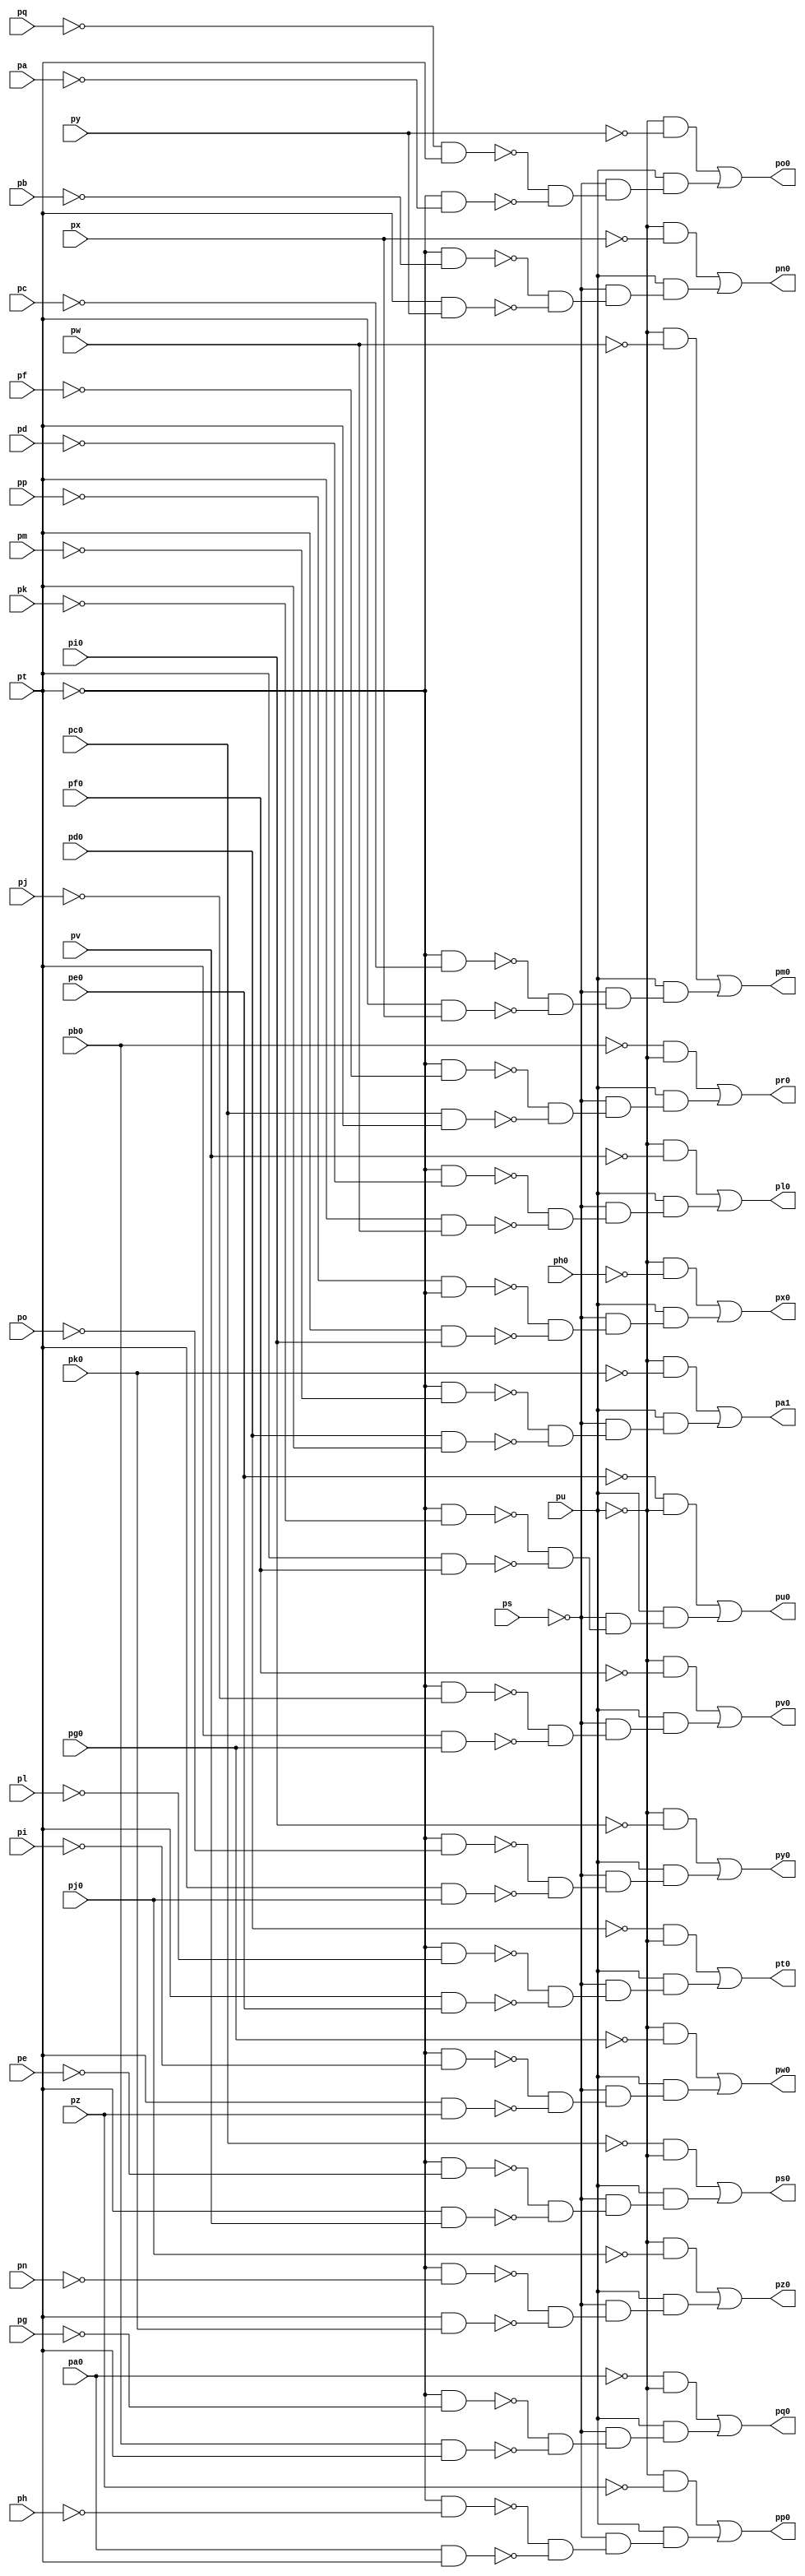
module top ( 
    pp, pa0, pq, pb0, pc0, ps, pd0, pt, pe0, pu, pf0, pv, pg0, pw, ph0, px,
    pi0, py, pj0, pz, pk0, pa, pb, pc, pd, pe, pf, pg, ph, pi, pj, pk, pl,
    pm, pn, po,
    pa1, pl0, pm0, pn0, po0, pp0, pq0, pr0, ps0, pt0, pu0, pv0, pw0, px0,
    py0, pz0  );
  input  pp, pa0, pq, pb0, pc0, ps, pd0, pt, pe0, pu, pf0, pv, pg0, pw,
    ph0, px, pi0, py, pj0, pz, pk0, pa, pb, pc, pd, pe, pf, pg, ph, pi, pj,
    pk, pl, pm, pn, po;
  output pa1, pl0, pm0, pn0, po0, pp0, pq0, pr0, ps0, pt0, pu0, pv0, pw0, px0,
    py0, pz0;
  wire new_n53_, new_n54_, new_n55_, new_n56_, new_n57_, new_n58_, new_n60_,
    new_n61_, new_n62_, new_n63_, new_n64_, new_n65_, new_n67_, new_n68_,
    new_n69_, new_n70_, new_n71_, new_n72_, new_n74_, new_n75_, new_n76_,
    new_n77_, new_n78_, new_n79_, new_n81_, new_n82_, new_n83_, new_n84_,
    new_n85_, new_n86_, new_n88_, new_n89_, new_n90_, new_n91_, new_n92_,
    new_n93_, new_n95_, new_n96_, new_n97_, new_n98_, new_n99_, new_n100_,
    new_n102_, new_n103_, new_n104_, new_n105_, new_n106_, new_n107_,
    new_n109_, new_n110_, new_n111_, new_n112_, new_n113_, new_n114_,
    new_n116_, new_n117_, new_n118_, new_n119_, new_n120_, new_n121_,
    new_n123_, new_n124_, new_n125_, new_n126_, new_n127_, new_n128_,
    new_n130_, new_n131_, new_n132_, new_n133_, new_n134_, new_n135_,
    new_n137_, new_n138_, new_n139_, new_n140_, new_n141_, new_n142_,
    new_n144_, new_n145_, new_n146_, new_n147_, new_n148_, new_n149_,
    new_n151_, new_n152_, new_n153_, new_n154_, new_n155_, new_n156_,
    new_n158_, new_n159_, new_n160_, new_n161_, new_n162_, new_n163_;
  assign new_n53_ = ~pu & ~pk0;
  assign new_n54_ = ~pt & ~pm;
  assign new_n55_ = pd0 & pt;
  assign new_n56_ = ~new_n54_ & ~new_n55_;
  assign new_n57_ = ~ps & new_n56_;
  assign new_n58_ = pu & new_n57_;
  assign pa1 = new_n53_ | new_n58_;
  assign new_n60_ = ~pu & ~pv;
  assign new_n61_ = ~pt & ~pd;
  assign new_n62_ = pt & pw;
  assign new_n63_ = ~new_n61_ & ~new_n62_;
  assign new_n64_ = ~ps & new_n63_;
  assign new_n65_ = pu & new_n64_;
  assign pl0 = new_n60_ | new_n65_;
  assign new_n67_ = ~pu & ~pw;
  assign new_n68_ = ~pt & ~pc;
  assign new_n69_ = pt & px;
  assign new_n70_ = ~new_n68_ & ~new_n69_;
  assign new_n71_ = ~ps & new_n70_;
  assign new_n72_ = pu & new_n71_;
  assign pm0 = new_n67_ | new_n72_;
  assign new_n74_ = ~pu & ~px;
  assign new_n75_ = ~pt & ~pb;
  assign new_n76_ = pt & py;
  assign new_n77_ = ~new_n75_ & ~new_n76_;
  assign new_n78_ = ~ps & new_n77_;
  assign new_n79_ = pu & new_n78_;
  assign pn0 = new_n74_ | new_n79_;
  assign new_n81_ = ~pu & ~py;
  assign new_n82_ = ~pq & pt;
  assign new_n83_ = ~pt & ~pa;
  assign new_n84_ = ~new_n82_ & ~new_n83_;
  assign new_n85_ = ~ps & new_n84_;
  assign new_n86_ = pu & new_n85_;
  assign po0 = new_n81_ | new_n86_;
  assign new_n88_ = ~pu & ~pz;
  assign new_n89_ = ~pt & ~ph;
  assign new_n90_ = pa0 & pt;
  assign new_n91_ = ~new_n89_ & ~new_n90_;
  assign new_n92_ = ~ps & new_n91_;
  assign new_n93_ = pu & new_n92_;
  assign pp0 = new_n88_ | new_n93_;
  assign new_n95_ = ~pa0 & ~pu;
  assign new_n96_ = ~pt & ~pg;
  assign new_n97_ = pb0 & pt;
  assign new_n98_ = ~new_n96_ & ~new_n97_;
  assign new_n99_ = ~ps & new_n98_;
  assign new_n100_ = pu & new_n99_;
  assign pq0 = new_n95_ | new_n100_;
  assign new_n102_ = ~pb0 & ~pu;
  assign new_n103_ = ~pt & ~pf;
  assign new_n104_ = pc0 & pt;
  assign new_n105_ = ~new_n103_ & ~new_n104_;
  assign new_n106_ = ~ps & new_n105_;
  assign new_n107_ = pu & new_n106_;
  assign pr0 = new_n102_ | new_n107_;
  assign new_n109_ = ~pc0 & ~pu;
  assign new_n110_ = ~pt & ~pe;
  assign new_n111_ = pt & pv;
  assign new_n112_ = ~new_n110_ & ~new_n111_;
  assign new_n113_ = ~ps & new_n112_;
  assign new_n114_ = pu & new_n113_;
  assign ps0 = new_n109_ | new_n114_;
  assign new_n116_ = ~pd0 & ~pu;
  assign new_n117_ = ~pt & ~pl;
  assign new_n118_ = pt & pe0;
  assign new_n119_ = ~new_n117_ & ~new_n118_;
  assign new_n120_ = ~ps & new_n119_;
  assign new_n121_ = pu & new_n120_;
  assign pt0 = new_n116_ | new_n121_;
  assign new_n123_ = ~pe0 & ~pu;
  assign new_n124_ = ~pt & ~pk;
  assign new_n125_ = pt & pf0;
  assign new_n126_ = ~new_n124_ & ~new_n125_;
  assign new_n127_ = ~ps & new_n126_;
  assign new_n128_ = pu & new_n127_;
  assign pu0 = new_n123_ | new_n128_;
  assign new_n130_ = ~pu & ~pf0;
  assign new_n131_ = ~pt & ~pj;
  assign new_n132_ = pt & pg0;
  assign new_n133_ = ~new_n131_ & ~new_n132_;
  assign new_n134_ = ~ps & new_n133_;
  assign new_n135_ = pu & new_n134_;
  assign pv0 = new_n130_ | new_n135_;
  assign new_n137_ = ~pu & ~pg0;
  assign new_n138_ = ~pt & ~pi;
  assign new_n139_ = pt & pz;
  assign new_n140_ = ~new_n138_ & ~new_n139_;
  assign new_n141_ = ~ps & new_n140_;
  assign new_n142_ = pu & new_n141_;
  assign pw0 = new_n137_ | new_n142_;
  assign new_n144_ = ~pu & ~ph0;
  assign new_n145_ = ~pp & ~pt;
  assign new_n146_ = pt & pi0;
  assign new_n147_ = ~new_n145_ & ~new_n146_;
  assign new_n148_ = ~ps & new_n147_;
  assign new_n149_ = pu & new_n148_;
  assign px0 = new_n144_ | new_n149_;
  assign new_n151_ = ~pu & ~pi0;
  assign new_n152_ = ~pt & ~po;
  assign new_n153_ = pt & pj0;
  assign new_n154_ = ~new_n152_ & ~new_n153_;
  assign new_n155_ = ~ps & new_n154_;
  assign new_n156_ = pu & new_n155_;
  assign py0 = new_n151_ | new_n156_;
  assign new_n158_ = ~pu & ~pj0;
  assign new_n159_ = ~pt & ~pn;
  assign new_n160_ = pt & pk0;
  assign new_n161_ = ~new_n159_ & ~new_n160_;
  assign new_n162_ = ~ps & new_n161_;
  assign new_n163_ = pu & new_n162_;
  assign pz0 = new_n158_ | new_n163_;
endmodule